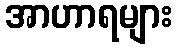
အာဟာရများ